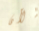
الآن